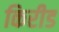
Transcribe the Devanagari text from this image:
किरीड